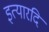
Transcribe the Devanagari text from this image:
इत्यारदि